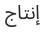
إنتاج